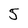
Character: 5